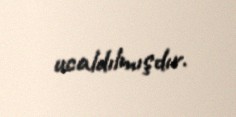
ucaldılmışdır.